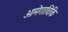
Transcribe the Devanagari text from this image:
ओमेगाविकि